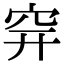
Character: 𥤴